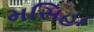
મસિહા